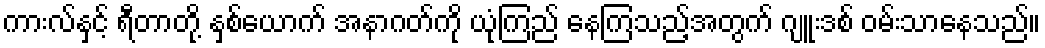
ကားလ်နှင့် ရီတာတို့ နှစ်ယောက် အနာဂတ်ကို ယုံကြည် နေကြသည့်အတွက် ဂျူးဒစ် ဝမ်းသာနေသည်။